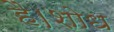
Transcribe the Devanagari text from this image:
है।शोध